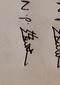
Signature authenticity: genuine